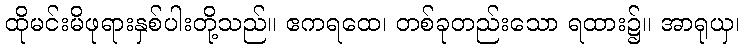
ထိုမင်းမိဖုရားနှစ်ပါးတို့သည်။ ဧကရထေ၊ တစ်ခုတည်းသော ရထား၌။ အာရုယှ၊